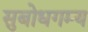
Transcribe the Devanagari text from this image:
सुबोधगम्य